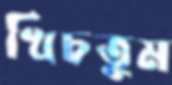
খিচতুম